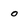
Character: 0